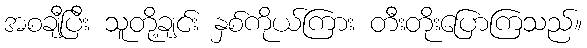
အစချီပြီး သူတို့ချင်း နှစ်ကိုယ်ကြား တီးတိုးပြောကြသည်။